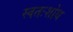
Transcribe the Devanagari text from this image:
स्वतःशोध